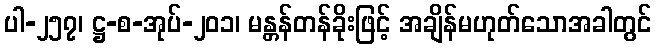
ပါ-၂၅၇၊ ဋ္ဌ-စ-အုပ်-၂၀၁၊ မန္တန်တန်ခိုးဖြင့် အချိန်မဟုတ်သောအခါတွင်